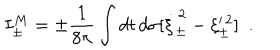
LaTeX: I _ { \pm } ^ { M } = \pm { \frac { 1 } { 8 \pi } } \int d t \, d \sigma [ \dot { \xi } _ { \pm } ^ { \, 2 } - \xi _ { \pm } ^ { \, 2 } ] ~ ~ .